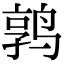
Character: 鹑